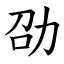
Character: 劭